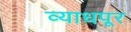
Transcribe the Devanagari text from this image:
व्याधपूर